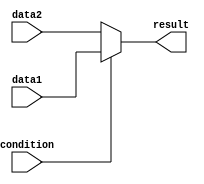
module ternary_operator (
    input wire condition,
    input wire data1,
    input wire data2,
    output reg result
);

always @(*) begin
    result = condition ? data1 : data2;
end

endmodule